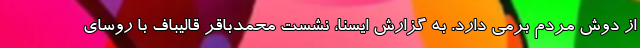
از دوش مردم برمی دارد. به گزارش ایسنا، نشست محمدباقر قالیباف با روسای